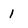
Character: 1